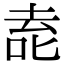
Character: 唟